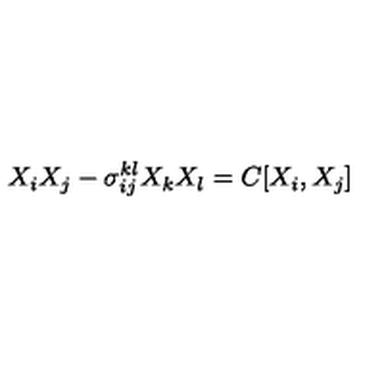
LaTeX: X _ { i } X _ { j } - \sigma _ { i j } ^ { k l } X _ { k } X _ { l } = C [ X _ { i } , X _ { j } ]